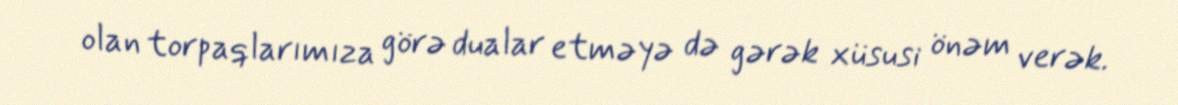
olan torpaqlarımıza görə dualar etməyə də gərək xüsusi önəm verək.